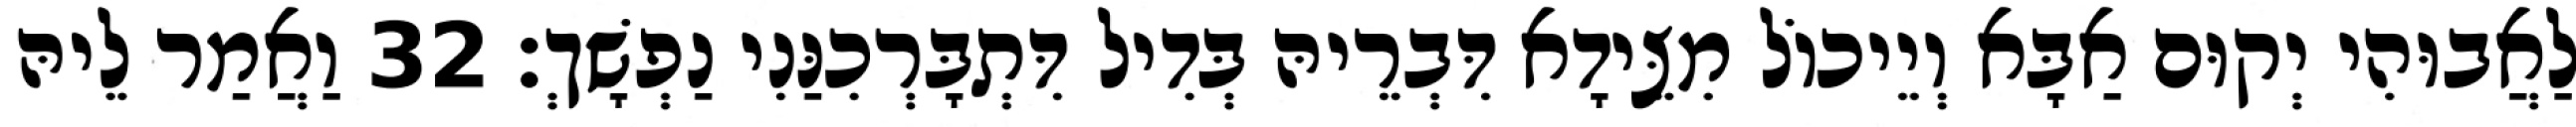
לַאֲבוּהִי יְקוּם אַבָּא וְיֵיכוֹל מִצֵּידָא דִּבְרֵיהּ בְּדִיל דִּתְבָּרְכִנַּנִי נַפְשָׁךְ׃ 32 וַאֲמַר לֵיהּ